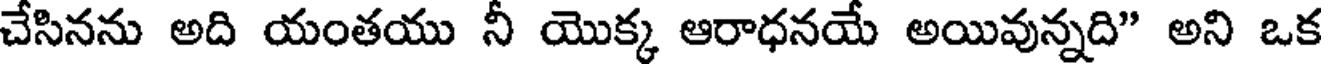
చేసినను అది యంతయు నీ యొక్క ఆరాధనయే అయివున్నది" అని ఒక